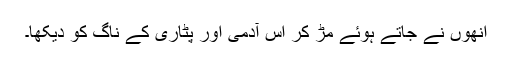
اُنھوں نے جاتے ہوئے مڑ کر اُس آدمی اور پٹاری کے ناگ کو دیکھا۔